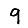
Digit: 9